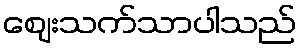
ဈေးသက်သာပါသည်